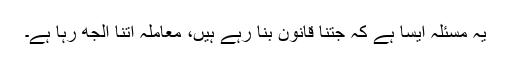
یہ مسئلہ ایسا ہے کہ جتنا قانون بنا رہے ہیں، معاملہ اتنا الجھ رہا ہے۔